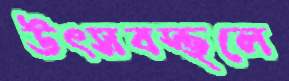
উৎসবস্থলে